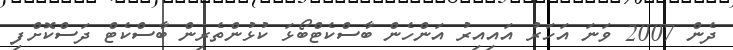
ދެން 2007 ވަނަ އަހަރު އައިއިރު އަންހެން ބާސްކެޓްބޯޅަ ކުޅުންތެރިން ބާސްކެޓް ދަސްކޮށްފި